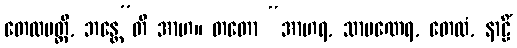
တေလမတ္ထိ, ဘန္တေ”တိ အာဟ။ တတော “အာဟရ, သာမဏေရ, တေလံ, နာဠိံ